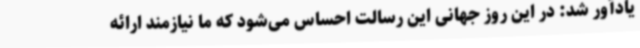
یادآور شد: در این روز جهانی این رسالت احساس می‌شود که ما نیازمند ارائه